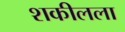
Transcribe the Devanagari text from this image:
शकीलला